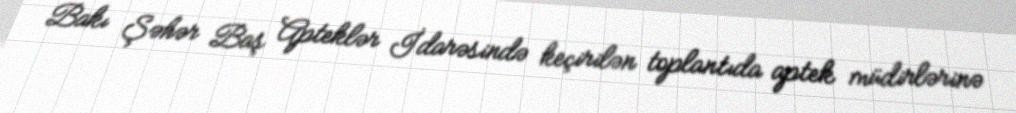
Bakı Şəhər Baş Apteklər İdarəsində keçirilən toplantıda aptek müdirlərinə